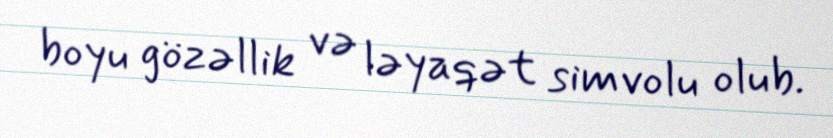
boyu gözəllik və ləyaqət simvolu olub.